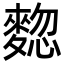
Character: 𪍃